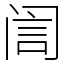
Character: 訚